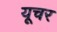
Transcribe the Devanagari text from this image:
यूचर